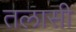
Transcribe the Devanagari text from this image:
तलासी